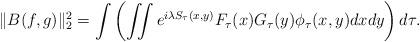
LaTeX: \begin{align*}\|B(f,g)\|_2 ^2 = \int\left(\iint e^{i\lambda S_\tau(x,y)} F_\tau(x) G_\tau(y) \phi_\tau(x,y) dxdy \right) d\tau.\end{align*}